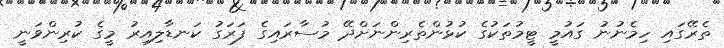
ތެރޭގައި ހިމެނުނު ގައުމީ ޓީމުތަކުގެ ކުޅުންތެރިންނަށްދޭ މުސާރައިގެ ފަރަގު ކަނޑާލިއިރު މީގެ ކުރިންވަނީ